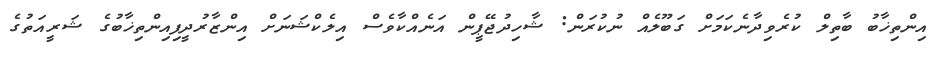
އިންތިޚާބު ބާތިލް ކުރެވިދާނެކަމަށް ގަބޫލެއް ނުކުރަން: ޝާހިދުޖޭޕީން އަނެއްކާވެސް އިލެކްޝަނަށް އިންޒާރުދީފިއިންތިޚާބުގެ ޝަރީއަތުގެ